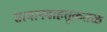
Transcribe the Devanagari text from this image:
सामानवाहतूकतळ